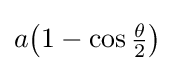
a{\bigl (}1-\cos {\tfrac {\theta }{2}}{\bigr )}